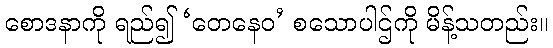
စောဒနာကို ရည်၍ ‘တေနေဝ’ စသောပါဌ်ကို မိန့်သတည်း။